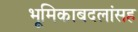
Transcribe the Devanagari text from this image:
भूमिकाबदलांसह